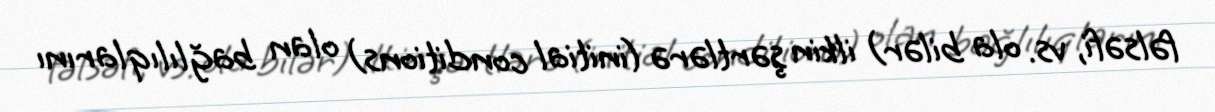
fəlsəfi, vs. ola bilər) ilkin şərtlərə (initial conditions) olan bağlılıqlarını